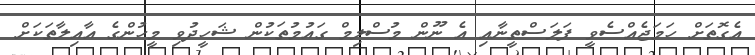
އެގޮތަށް ހަމަޖެއްސެވީ ފަލަސްތީނާއި އެ ނޫން މުސްލިމް ގައުމުތަކުން ޝަހީދުވި މީހުންގެ އާއިލާތަކަށް